French assistants in Scottish schools and training centres, 1928
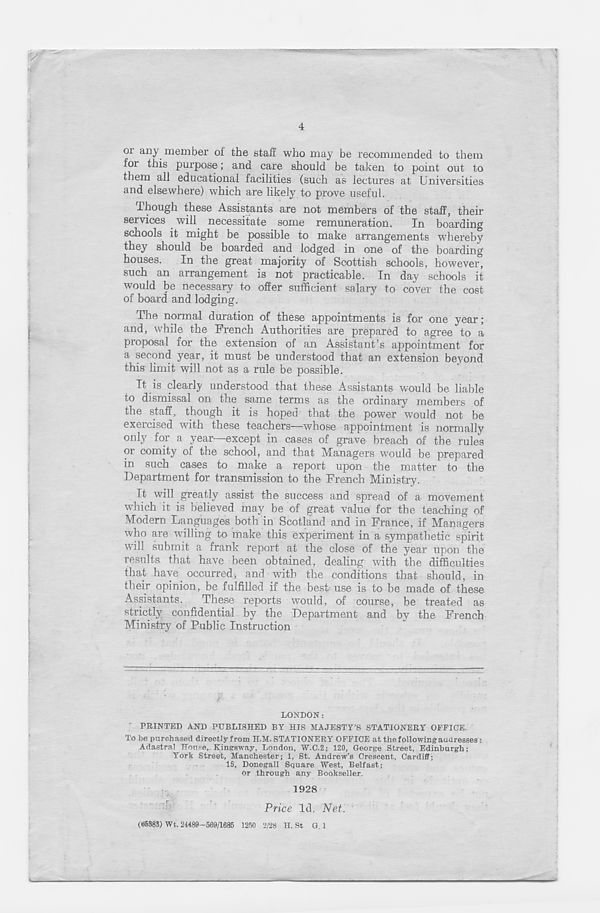
4
ox any ineniber oi the staff who may be recomjnended to them
fox this purpose; and care should be taken to point out to
them all educational facilities (such as lectures at Universities
and elsewhere) which ai'e likely to prove useful.
Though these Assistants are not members of the staff, their
sendees will necessitate some remuneration.
In boarding
schools it might be possible to make arrangements whereby
they should be boarded and lodged in one of the boarding
houses. In the great majority of Scottish schools, however,
such an arrangement is not practicable. In day schools it
would be necessary to offer sufficient salary to cover the cost
of board and lodging.
The normal duration of these appointments is for one year;
and, while the French Authorities are prepared to agree to a
proposal for the extension of an Assistant’s appointment for
a second year, it must be understood that an extension beyond
this limit will not as a rule be possible.
It is clearly understood that these Assistants would be liable
to dismissal on the same terms as the oi'dinary membexs of
the staff, though it is hoped that the power would not be
exei'cised with these teachers—whose appointment is normally
only for a year—except in cases of grave breach of the rules
or comity of the school, and that Managers wnuld be prepared
in such cases to make a report upon the matter to the
Department for transmission to the French Ministry.
It will greatly assist the success and spread of a movement
which it is believed may be of great value for the teaching of
Modern Languages both in Scotland and in France, if Managers
who are willing to make this experiment in a sympathetic spirit
will submit a frank report at the close of the year upon the
results that have been obtained, dealing with the difficulties
that have occurred, and with the conditions that should, in
their opinion, be fulfilled if the best use is to be made of these
Assistants.
These reports would, of course, be treated as
strictly confidential by the Department and by the French
Ministry of Public Instruction
LONDON:
PRINTED AND PUBLISHED BY HIS MAJESTY’S STATIONERY OFFICE.
To be purchased directly from H.M. STATIONERY OFFICE at the following audresses:
Adastral House, Kingsw'ay, London, W.C^; 120, George Street, Edinburgh;
York Street, Manchester; 1, St. Andrew’s Crescent, Cardiff;
15, Donegall Square West, Belfast;
or through any Bookseller.
1928
Price Id. Net.
(65385) Wt. 24489-569/1685 1250 2/28 H. St G. 1